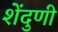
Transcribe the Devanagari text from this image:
शेंदुणी